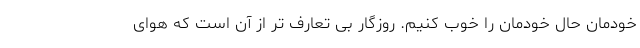
خودمان حال خودمان را خوب کنیم. روزگار بی تعارف تر از آن است که هوای